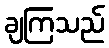
ချကြသည်